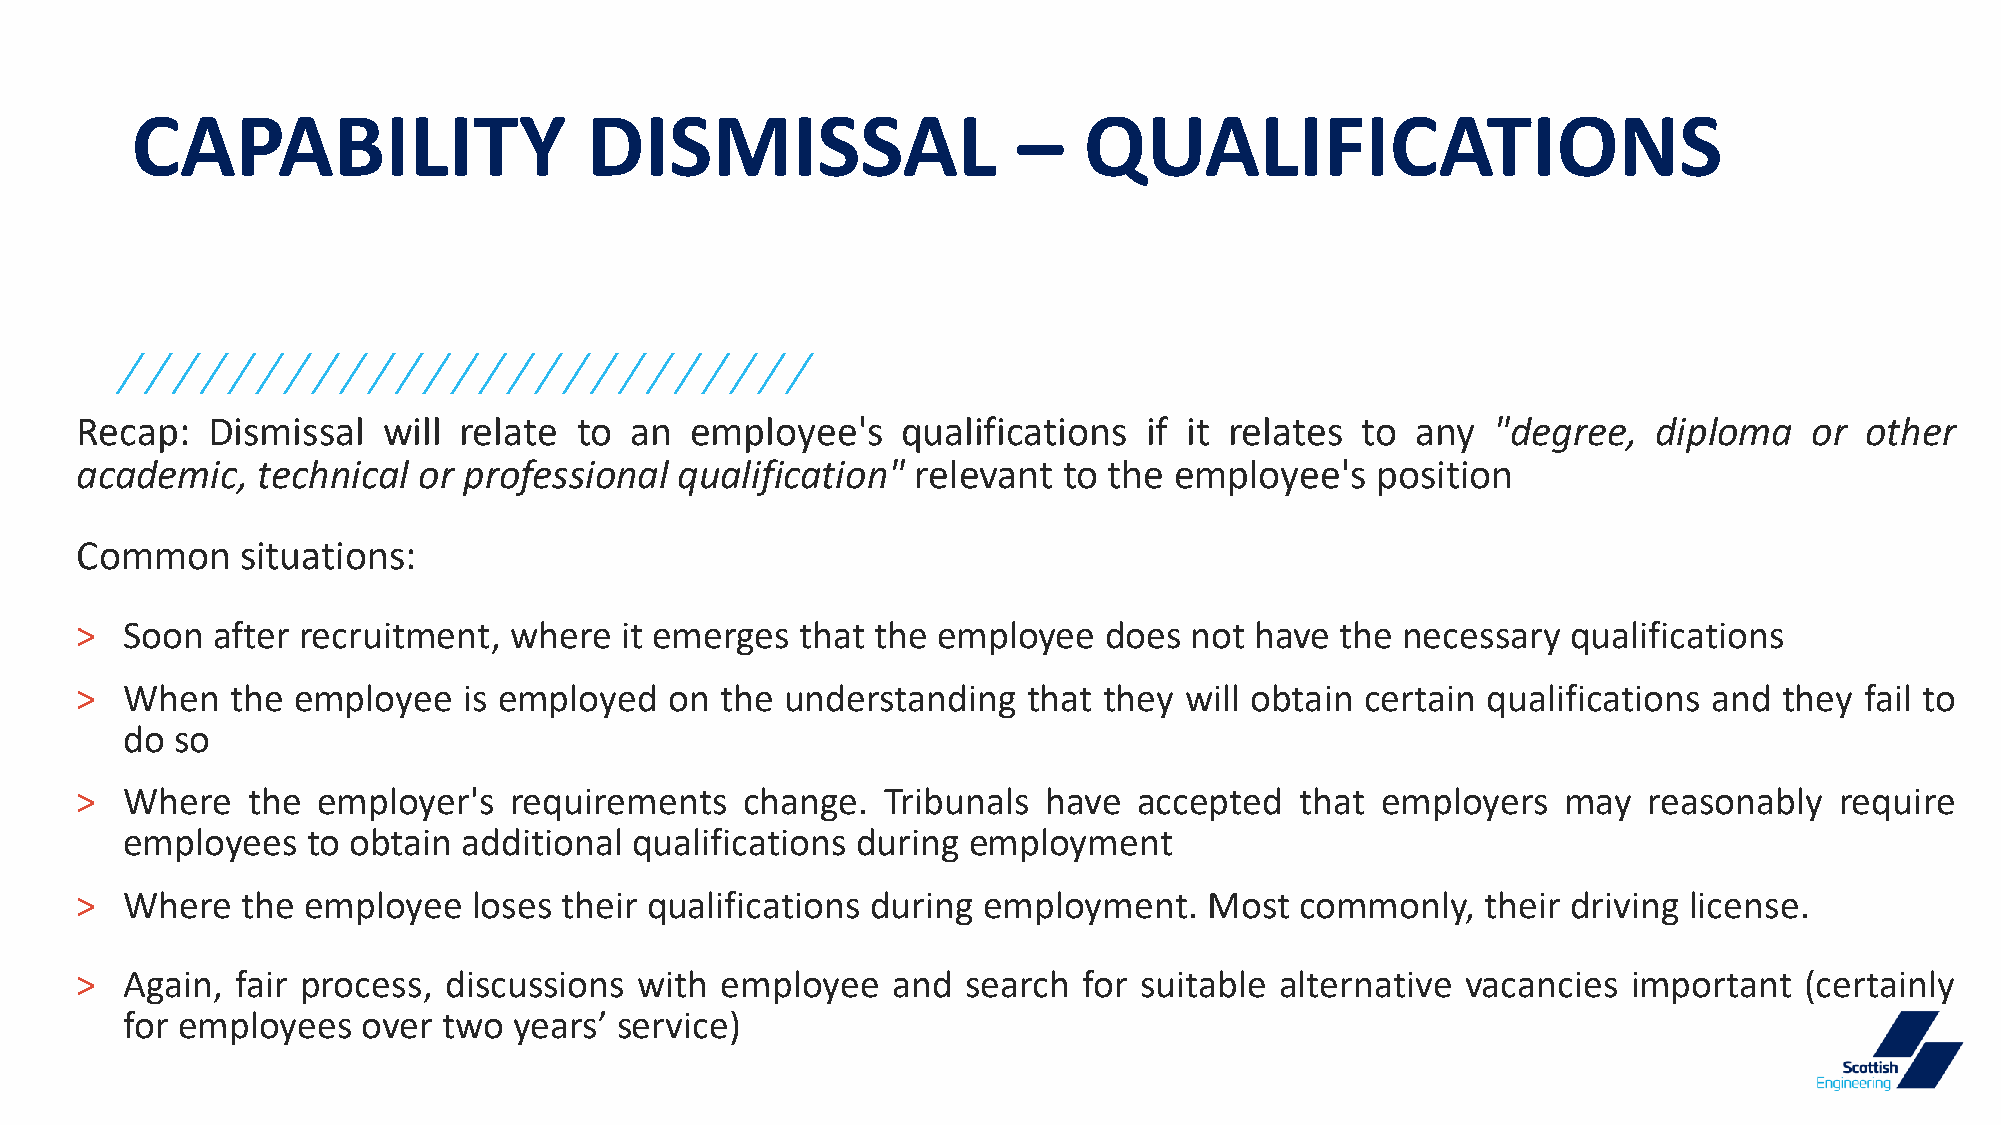
CAPABILITY                    DISMISSAL                   –    QUALIFICATIONS
 Recap:   Dismissal  will relate  to  an  employee's    qualifications  if it relates to  any  "degree,   diploma   or other
 academic,   technical  or professional  qualification" relevant  to the  employee's   position
 Common     situations:
 >  Soon  after recruitment,  where  it emerges  that the employee   does  not have  the necessary  qualifications
 >  When   the employee    is employed  on  the understanding   that they will obtain certain qualifications and  they fail to
 do  so
 >  Where   the  employer's   requirements   change.  Tribunals  have  accepted   that employers   may   reasonably   require
 employees   to obtain  additional qualifications during employment
 >  Where   the employee   loses their qualifications during employment.    Most  commonly,   their driving license.
 >  Again,  fair process, discussions with  employee   and  search  for suitable alternative vacancies  important  (certainly
 for employees   over two  years’ service)